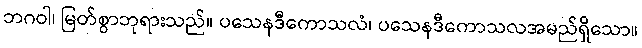
ဘဂဝါ၊ မြတ်စွာဘုရားသည်။ ပသေနဒီကောသလံ၊ ပသေနဒီကောသလအမည်ရှိသော။